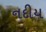
નદીય